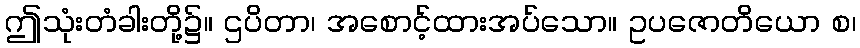
ဤသုံးတံခါးတို့၌။ ဌပိတာ၊ အစောင့်ထားအပ်သော။ ဥပဇောတိယော စ၊